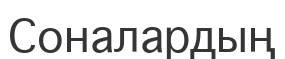
Соналардың